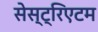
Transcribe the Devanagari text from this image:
सेस्ट्रिएटम